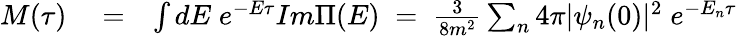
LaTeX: \begin{array}{rlr}{M(\tau)}&{{}=}&{\int dE\; e^{-E\tau}Im\Pi(E)\; =\; \frac{3}{8m^{2}}\sum_{n}4\pi|\psi_{n}(0)|^{2}\; e^{-E_{n}\tau}}\end{array}